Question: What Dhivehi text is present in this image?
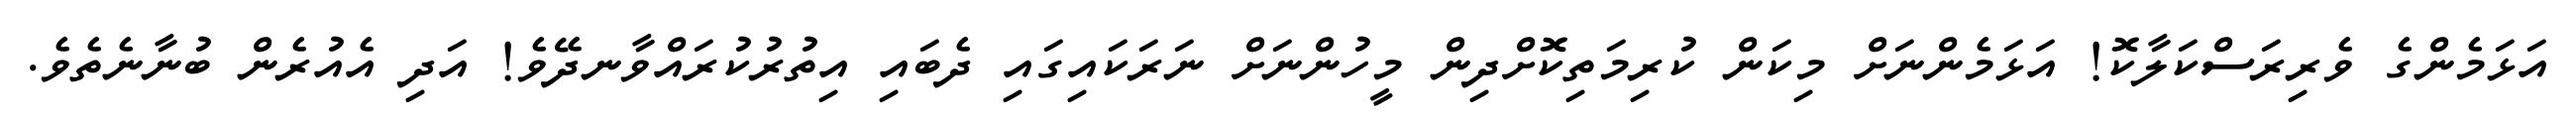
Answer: އަޅަމެންގެ ވެރިރަސްކަލާކޮ! އަޅަމެންނަށް މިކަން ކުރިމަތިކޮށްދިން މީހުންނަށް ނަރަކައިގައި ދެބައި އިތުރުކުރައްވާނދޭވެ! އަދި އެއުރެން ބުނާނެތެވެ.